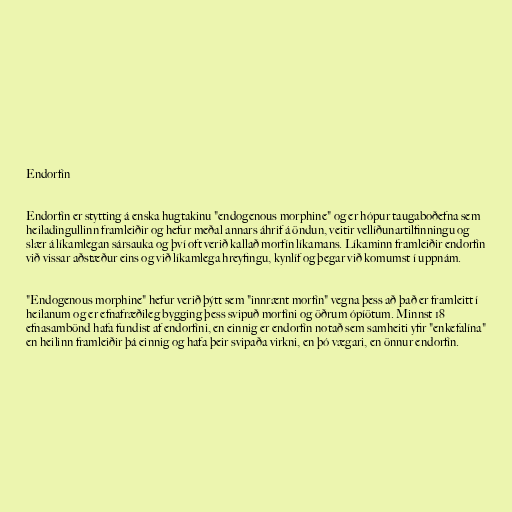
Endorfín

Endorfín er stytting á enska hugtakinu "endogenous morphine" og er hópur taugaboðefna sem
heiladingullinn framleiðir og hefur meðal annars áhrif á öndun, veitir vellíðunartilfinningu og
slær á líkamlegan sársauka og því oft verið kallað morfín líkamans. Líkaminn framleiðir endorfín
við vissar aðstæður eins og við líkamlega hreyfingu, kynlíf og þegar við komumst í uppnám.

"Endogenous morphine" hefur verið þýtt sem "innrænt morfín" vegna þess að það er framleitt í
heilanum og er efnafræðileg bygging þess svipuð morfíni og öðrum ópíötum. Minnst 18
efnasambönd hafa fundist af endorfíni, en einnig er endorfín notað sem samheiti yfir "enkefalína"
en heilinn framleiðir þá einnig og hafa þeir svipaða virkni, en þó vægari, en önnur endorfín.